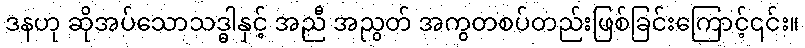
ဒနဟု ဆိုအပ်သောသဒ္ဓါနှင့် အညီ အညွတ် အကွတစပ်တည်းဖြစ်ခြင်းကြောင့်၎င်း။